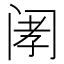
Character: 𫔲